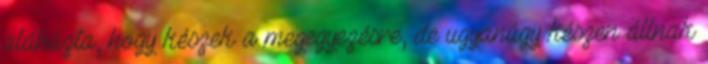
aláhúzta, hogy készek a megegyezésre, de ugyanúgy készen állnak